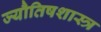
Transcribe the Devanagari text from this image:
ज्यौतिषशास्त्र